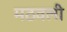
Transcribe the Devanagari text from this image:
मठवली